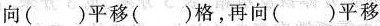
向( )平移( )格，再向( )平移